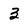
Character: 3